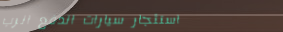
استئجار سيارات الدفع الرب